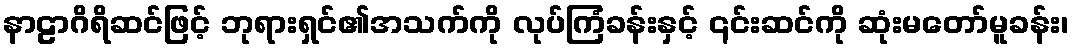
နာဠာဂိရိဆင်ဖြင့် ဘုရားရှင်၏အသက်ကို လုပ်ကြံခန်းနှင့် ၎င်းဆင်ကို ဆုံးမတော်မူခန်း၊